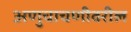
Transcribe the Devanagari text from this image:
अणुचाचणीवरील